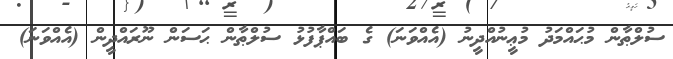
ސުލްޠާން މުޙައްމަދު މުޢީނުއްދީނު (އެއްވަނަ) ގެ ބައްޕާފުޅު ސުލްޠާން ޙަސަން ނޫރައްދީން (އެއްވަނަ)